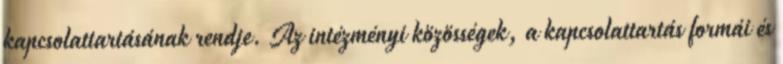
kapcsolattartásának rendje. Az intézményi közösségek, a kapcsolattartás formái és